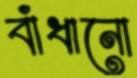
বাঁধানো